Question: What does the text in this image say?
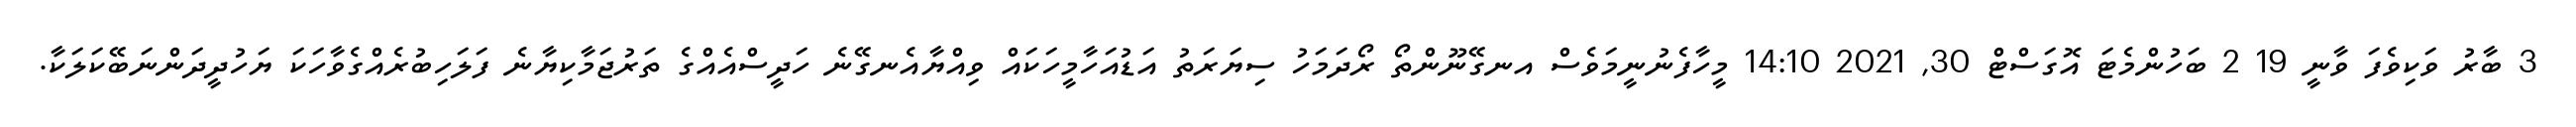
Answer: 3 ބާރު ވަކިވެފަ ވާނީ 19 2 ބަހުންމެޓަ އޮގަސްޓް 30, 2021 14:10 މީހާފެނުނީމަވެސް އނގޭނޫންތޯ ރޯދަމަހު ސިޔަރަތު އަޑުއަހާމީހަކައް ވިއްޔާއެނގޭނެ ހަދީސްއެއްގެ ތަރުޖަމާކިޔާނެ ފަލަހިބުރެއްގެވާހަކަ ޔަހުދީދަންނަބޭކަލަކާ.